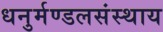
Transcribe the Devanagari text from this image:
धनुर्मण्डलसंस्थाय